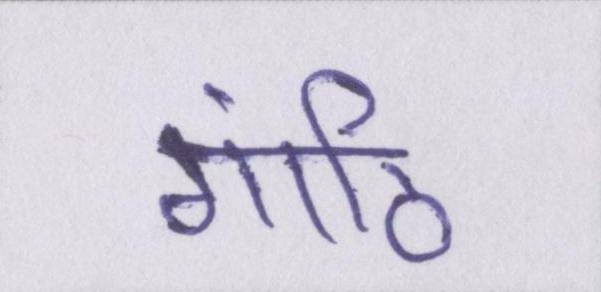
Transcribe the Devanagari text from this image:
गांठि